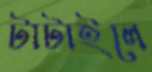
টাটাইলে